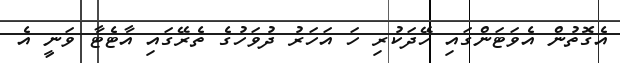
އެގޮތުން އެވަޓަންގައި ހޭދަކުރި ހަ އަހަރު ދުވަހުގެ ތެރޭގައި އާޓެޓާ ވަނީ އެ